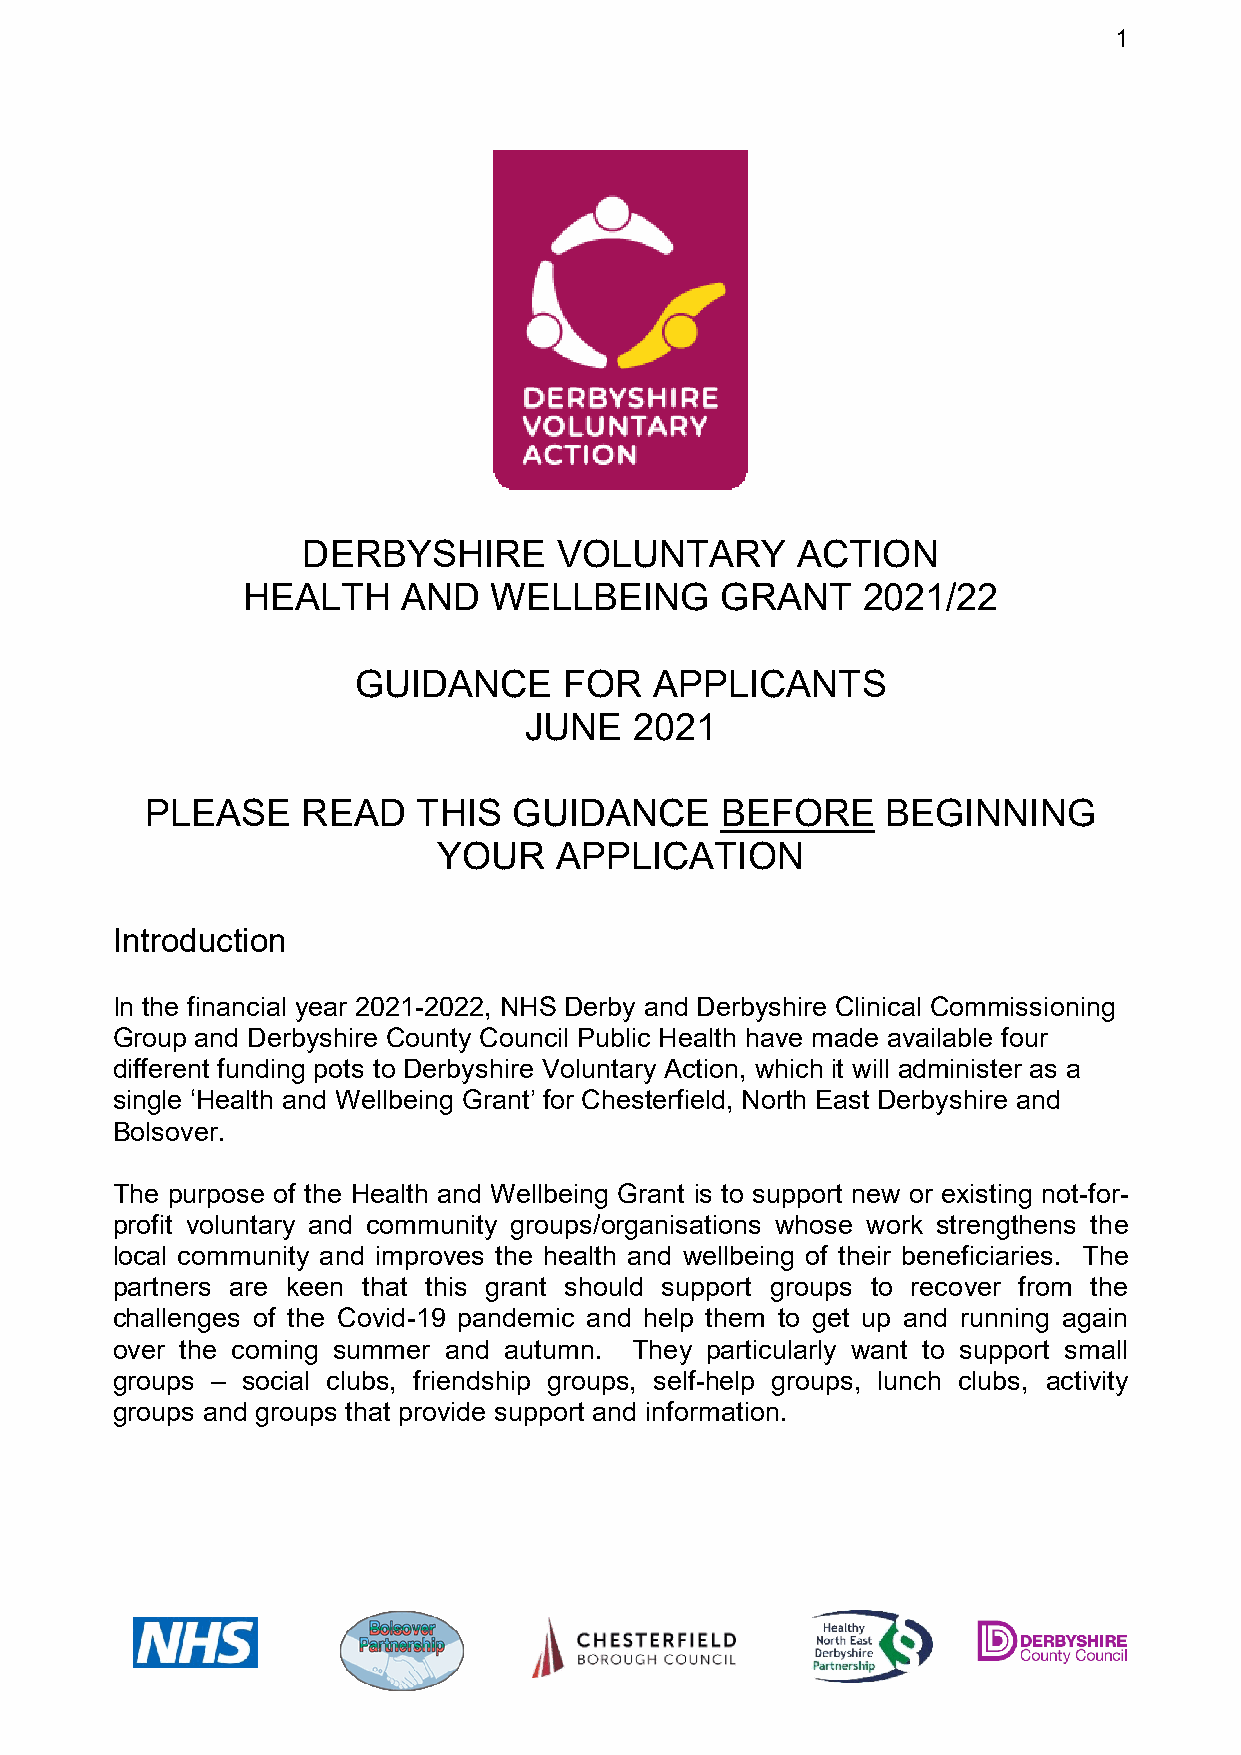
1
 DERBYSHIRE       VOLUNTARY       ACTION
 HEALTH     AND  WELLBEING       GRANT    2021/22
 GUIDANCE      FOR   APPLICANTS
 JUNE   2021
 PLEASE    READ    THIS  GUIDANCE      BEFORE     BEGINNING
 YOUR    APPLICATION
 Introduction
 In the financial year 2021-2022, NHS Derby and Derbyshire Clinical Commissioning
 Group and Derbyshire County Council Public Health have made available four
 different funding pots to Derbyshire Voluntary Action, which it will administer as a
 single ‘Health and Wellbeing Grant’ for Chesterfield, North East Derbyshire and
 Bolsover.
 The purpose of the Health and Wellbeing Grant is to support new or existing not-for-
 profit voluntary and community groups/organisations whose work strengthens the
 local community and improves the health and wellbeing of their beneficiaries. The
 partners are keen that this grant should support groups to recover from the
 challenges of the Covid-19 pandemic and help them to get up and running again
 over the coming summer and autumn. They particularly want to support small
 groups – social clubs, friendship groups, self-help groups, lunch clubs, activity
 groups and groups that provide support and information.